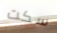
سكت